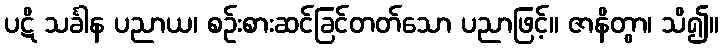
ပဋိ သင်္ခါန ပညာယ၊ စဉ်းစားဆင်ခြင်တတ်သော ပညာဖြင့်။ ဇာနိတွာ၊ သိ၍။